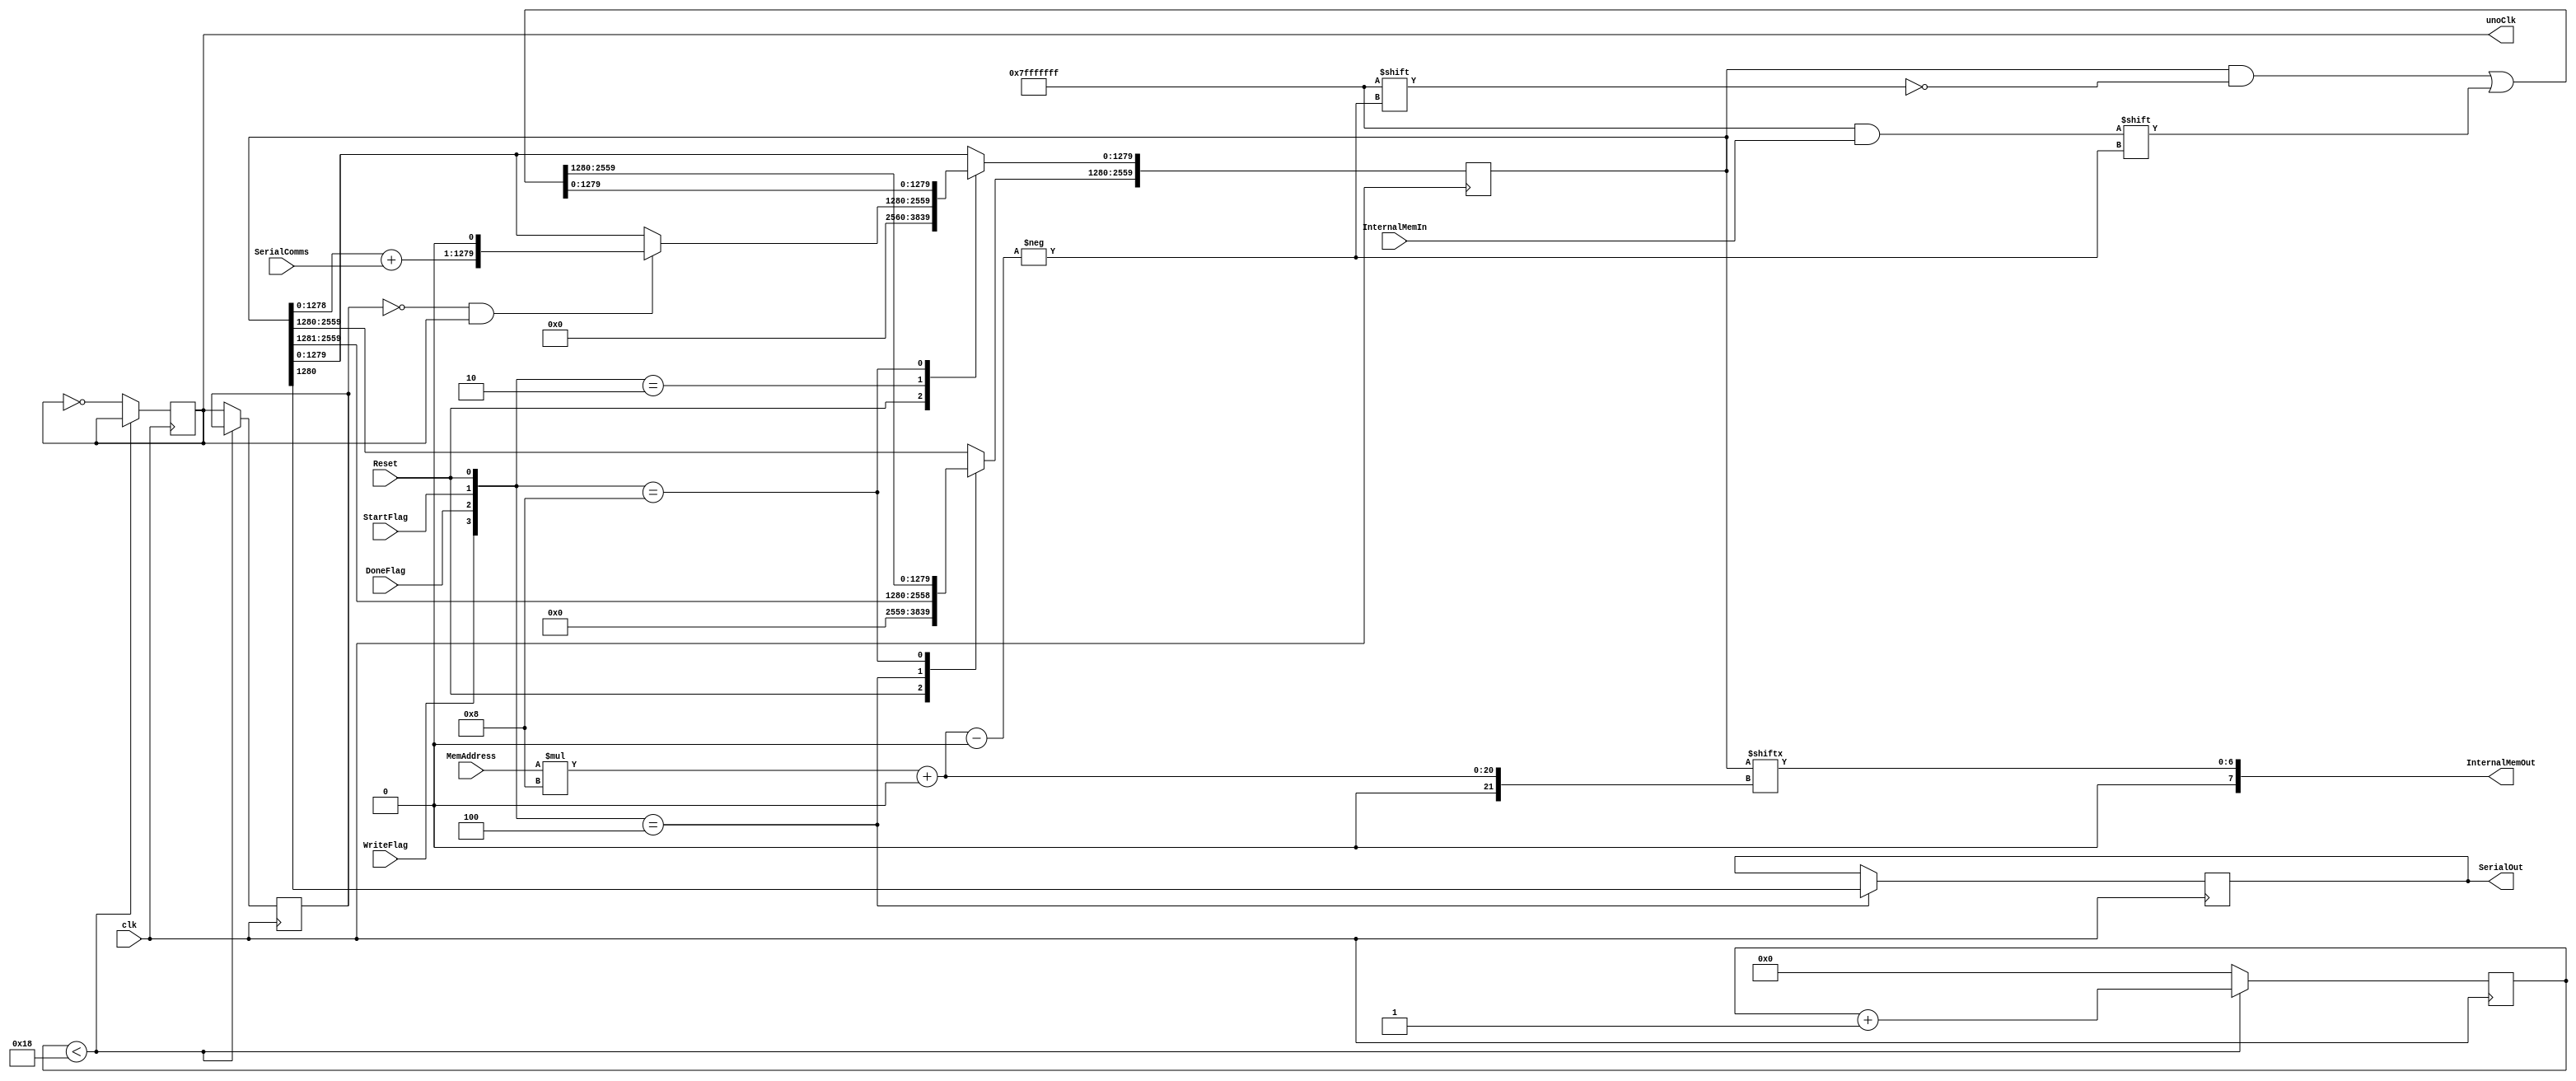
`timescale 1ns / 1ps

module UnoInputAndMemory #(parameter MaxImageSize = 1280)(   input clk,
                            output reg unoClk = 0,
                            input SerialComms,
                            output reg SerialOut = 0,
                            
                            input [15:0] MemAddress,
                            input [31:0] InternalMemIn,
                            output [7:0] InternalMemOut,
                            input WriteFlag,
                            input DoneFlag,
                            input StartFlag,
                            input Reset
                            );
    
    reg [4:0] counter = 0;
    reg prevUnoClk = 0;
    
    reg [(2*MaxImageSize)-1:0] Memory = 0;
        // Reserved; [MaxImageSize-1:0] for image in
        // Reserved; [2*MaxImageSize-1:MaxImageSize] for image out
    
    wire [3:0] FlagsController;
    assign FlagsController = {WriteFlag,DoneFlag,StartFlag,Reset};
    
    assign InternalMemOut = Memory [MemAddress*8+:7];
    
    always@(posedge clk) begin
        casex(FlagsController)
            4'bxxx1: Memory = 0; // Reset
            4'b0100: begin       // DoneFlag
                SerialOut = Memory[MaxImageSize];
                Memory[2*MaxImageSize-1:MaxImageSize] = Memory[2*MaxImageSize-1:MaxImageSize] >> 1;
            end
            4'b0010: begin       // StartFlag
                if((~prevUnoClk)&unoClk) begin
                    Memory[MaxImageSize-1:0] = Memory[MaxImageSize-1:0] + SerialComms;
                    Memory[MaxImageSize-1:0] = Memory[MaxImageSize-1:0] << 1;
                end
            end
            4'b1000: begin      // Write flag
                Memory[MemAddress*8+:31] = InternalMemIn;
            end
        endcase
    end
    
    always @(posedge clk) begin
        if(counter < 24)
            counter = counter + 1;
        else begin
            prevUnoClk = unoClk;
            unoClk = ~unoClk;
            counter = 0;
        end
    end
endmodule